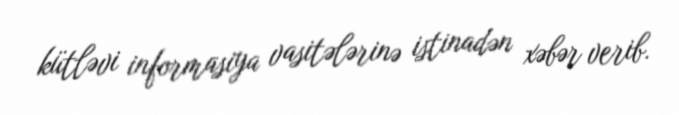
kütləvi informasiya vasitələrinə istinadən xəbər verib.